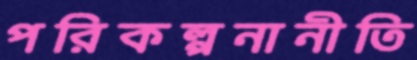
পরিকল্পনানীতি